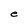
Character: e